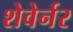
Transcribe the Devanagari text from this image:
शेवेर्नर